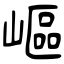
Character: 嶇